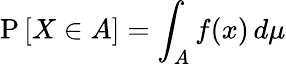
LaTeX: \operatorname{P}\left[X\in A\right]=\int_{A}f(x)\, d\mu